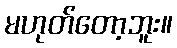
မဟုတ်တော့ဘူး။